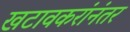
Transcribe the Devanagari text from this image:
खटावकरांनंतर